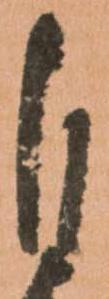
自